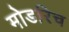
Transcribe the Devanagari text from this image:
मोडरिच